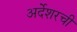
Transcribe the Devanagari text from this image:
अर्देशरची